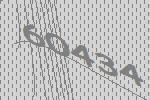
60434